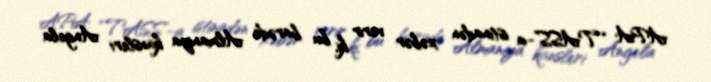
APA “TASS”-a istinadən xəbər verir ki, bu barədə Almaniya kansleri Angela